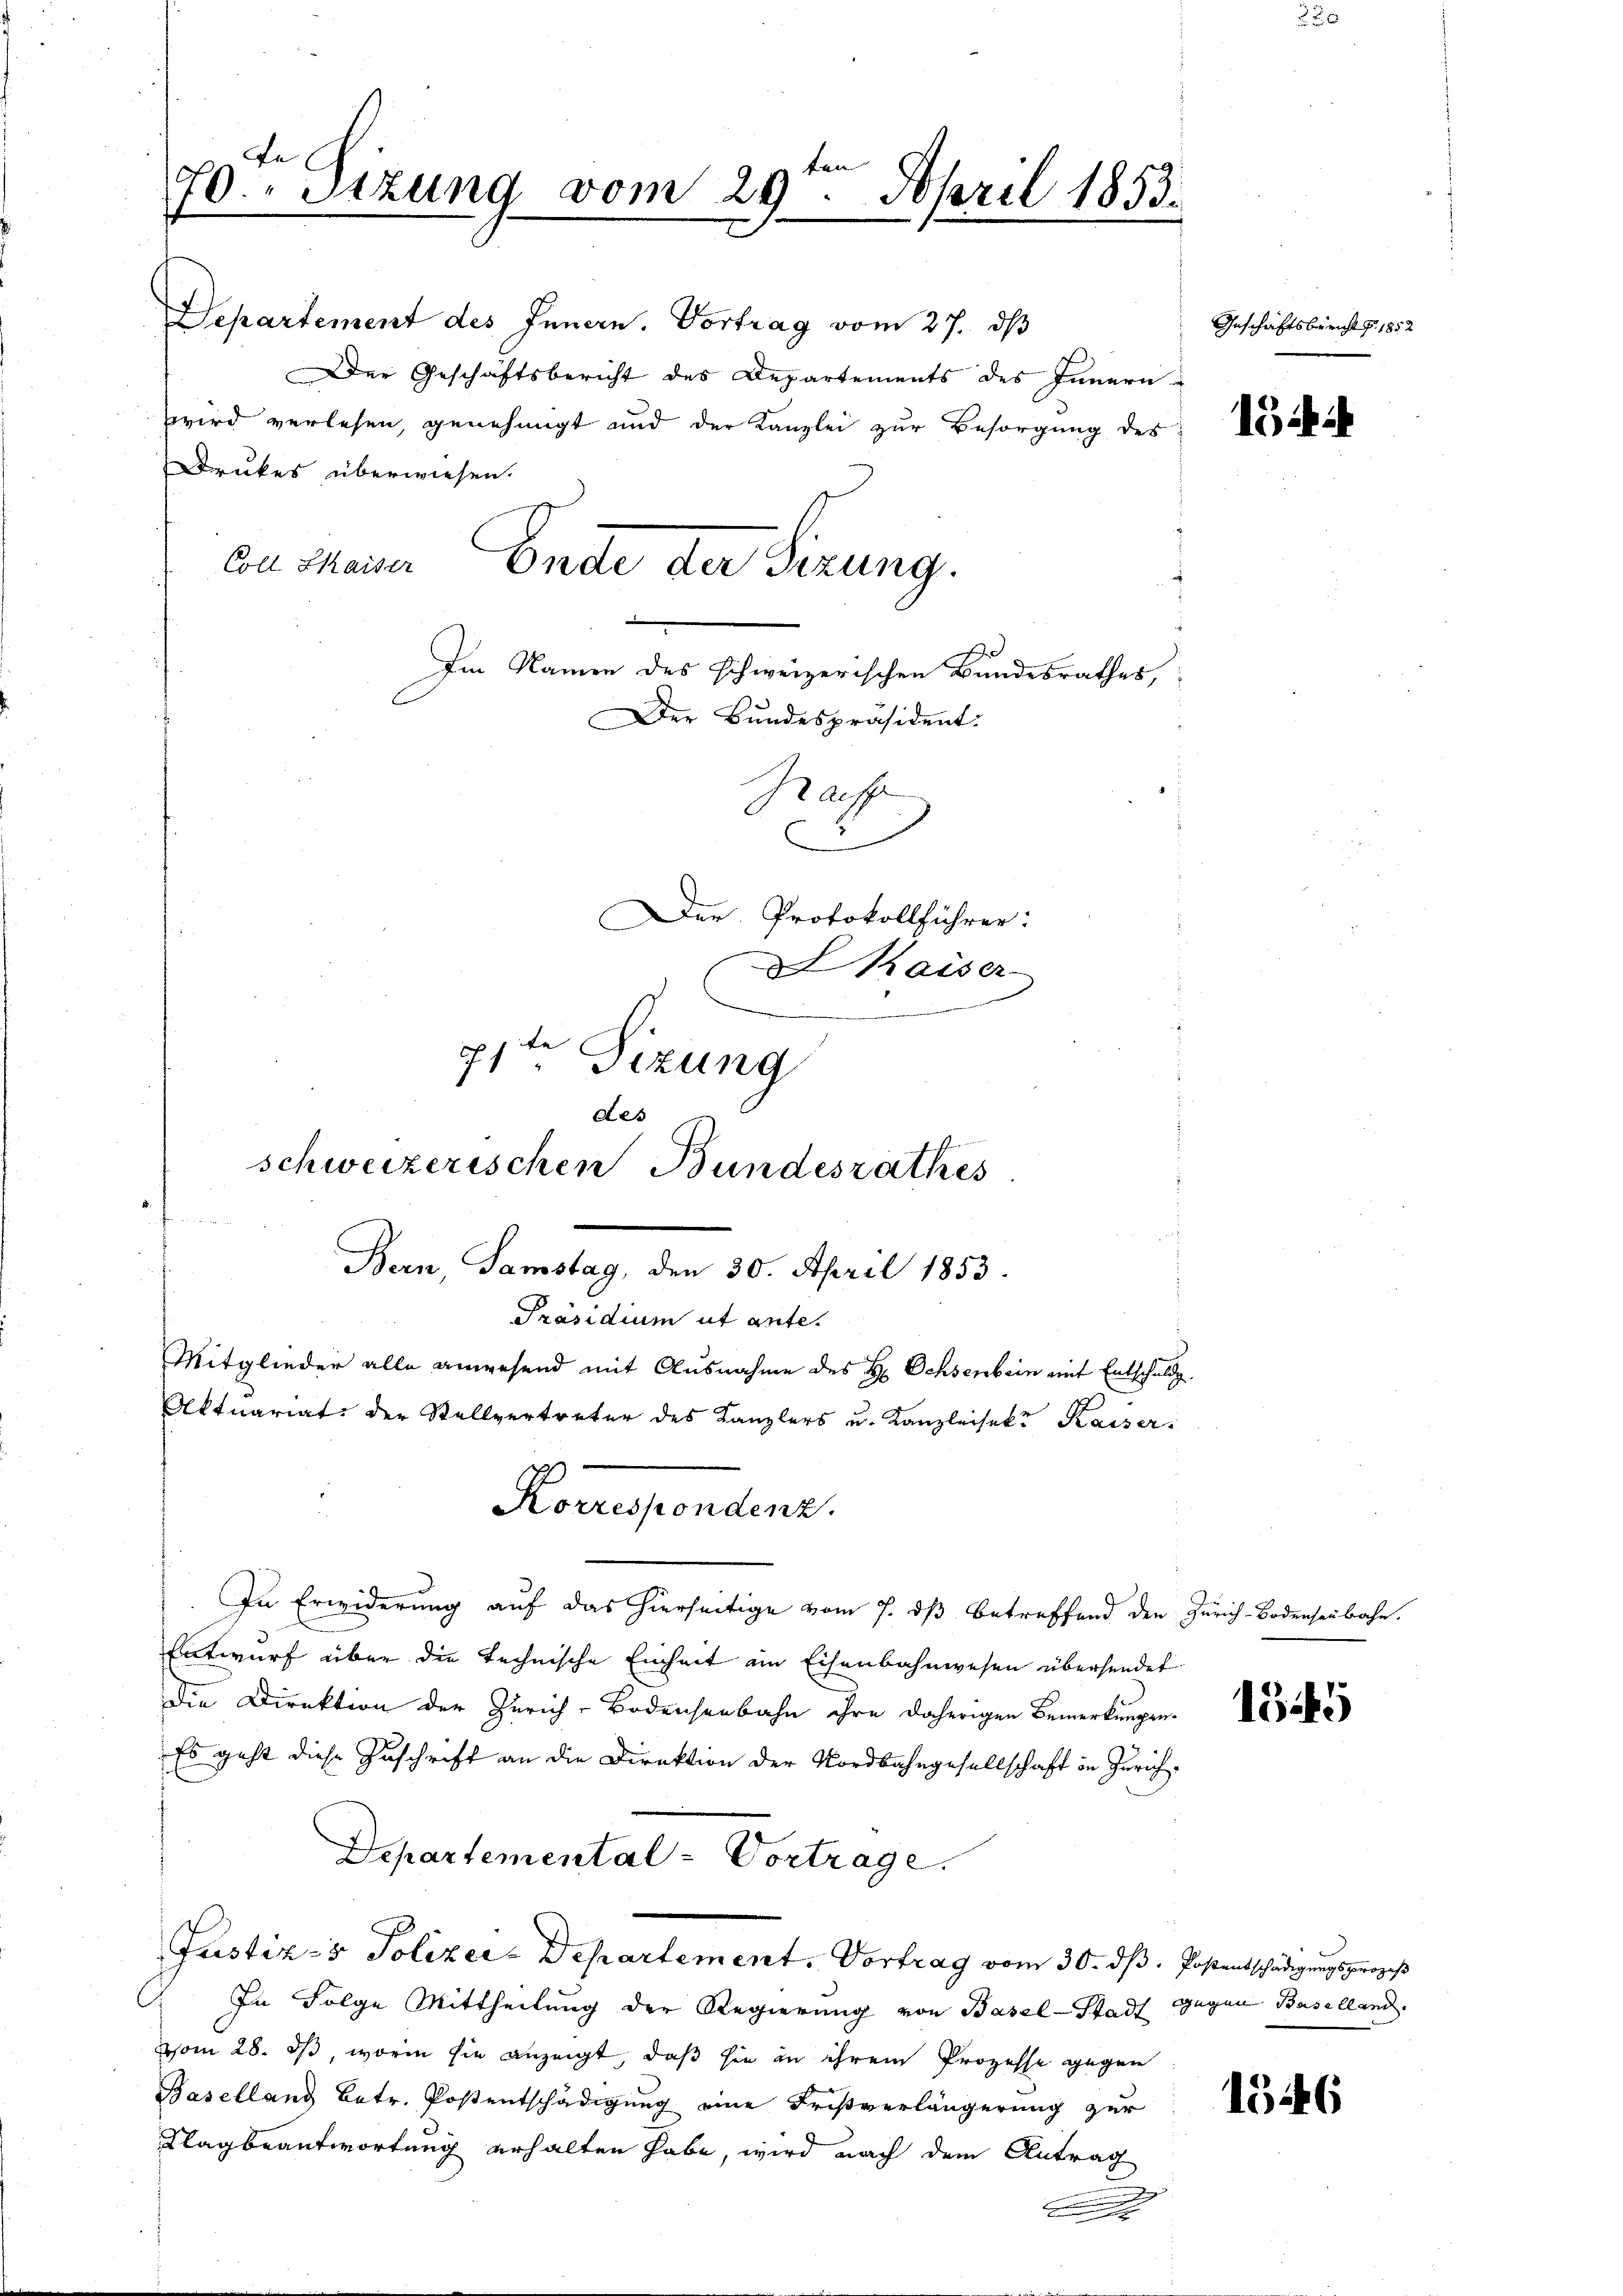
een |
26ten Sizung vom 29. April 1853.

Departement des Innern. Vortrag vom 27. ds
Der Geschäftsbericht des Departements des Innern
zwird verlesen, genehmigt und der Kanzlei zur Besorgung des
Drukes überwiesen.
Im Namen des schweizerischen Bundesrathes,
Der Bundespräsident.
Kaff

Bern, Samstag, den 30. April 1853.
Präsidium ut ante.
Mitglieder alle anwesend mit Ausnahme des H: Ochsenbein mit Entschuldg.
Aktuariat der Stellvertreter des Kanzlers u. Kanzleisekt Kaiser¬
Korrespondent.

ca Meiner Ende der Sizung.

Der Protokollführer:
kaiser
e
71. Sizung
des
schweizerischen Bundesrathes

In Erwiderung auf das hierseitige vom 7. ds betreffend den Zürich-Bodensenbahn.
Entwurf über die technische Einheit im Eisenbahnwesen übersendet
Die Direktion der Zürich-Bodensenbahn ihre daherigen Bemerkungen.
Es geht diese Zuschrift an die Direktion der Nordbahngesellschaft in Zürich¬
Departemental - Vortrage.
Justiz- & Polizeie Departement. Vortrag vom 30. dß. Postentschädigungsprozeß
In Folge Mittheilung der Regierung von Basel-Stadt Gegen Baselland.
vom 28. ds, worin sie anzeigt, daß sie in ihrem Prozesse gegen
Baselland Betr. Postentschädigung eine Fristverlängerung zur
Klagbeantwortung erhalten habe, wird nach dem Antrag

Geschäftsbericht § 1852

hi

1545

1346